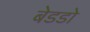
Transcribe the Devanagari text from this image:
बेडडो